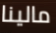
مالينا